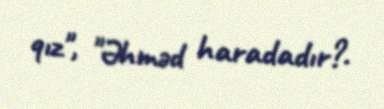
qız", "Əhməd haradadır?.